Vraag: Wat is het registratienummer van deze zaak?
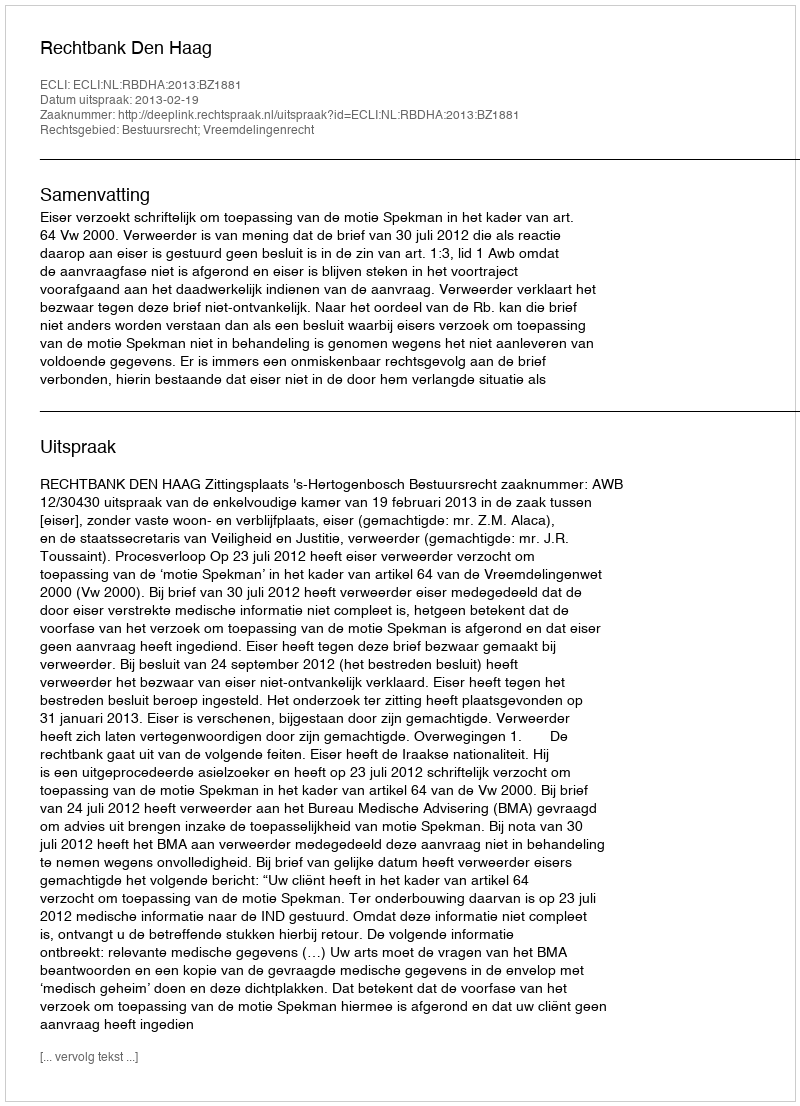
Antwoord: http://deeplink.rechtspraak.nl/uitspraak?id=ECLI:NL:RBDHA:2013:BZ1881